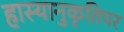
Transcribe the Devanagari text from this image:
हास्यानुकृतिपर